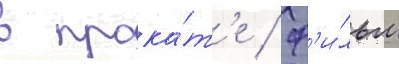
в прока́т'е / ф'и́льм